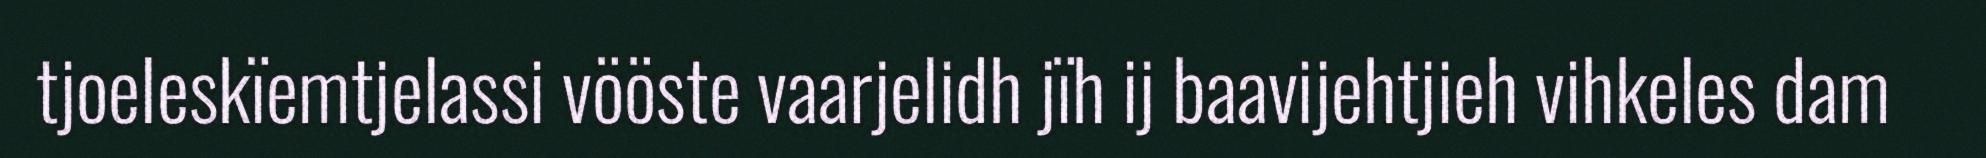
tjoeleskïemtjelassi vööste vaarjelidh jïh ij baavijehtjieh vihkeles dam